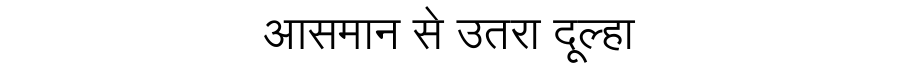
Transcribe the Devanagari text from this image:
आसमान से उतरा दूल्हा